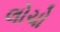
લોચો